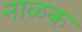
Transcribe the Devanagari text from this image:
नाळक